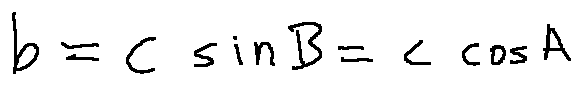
b = c \sin B = c \cos A